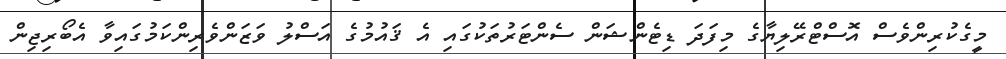
މީގެކުރިންވެސް އޮސްޓްރޭލިޔާގެ މިފަދަ ޑިޓެންޝަން ސެންޓަރުތަކުގައި އެ ޤައުމުގެ އަސްލު ވަޒަންވެރިންކަމުގައިވާ އެބޯރިޖިން